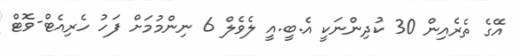
އޭގެ ތެރެއިން 30 ކުދިންނަކީ އެ.ބީ.އީ ލެވެލް 6 ނިންމުމަށް ފަހު ހެރިއެޓް-ވޮޓް